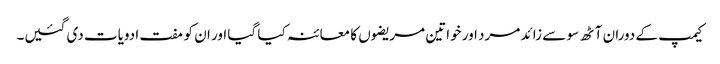
کیمپ کے دوران آٹھ سو سے زائد مرد اور خواتین مریضوں کا معائنہ کیا گیا اور ان کو مفت ادویات دی گئیں۔